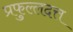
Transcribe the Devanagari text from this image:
प्रफुल्लदत्त